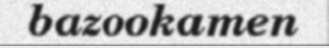
bazookamen